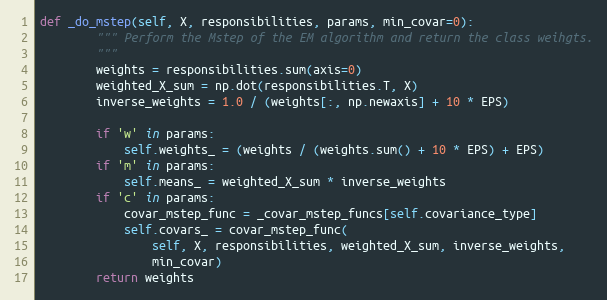
Language: Python
def _do_mstep(self, X, responsibilities, params, min_covar=0):
        """ Perform the Mstep of the EM algorithm and return the class weihgts.
        """
        weights = responsibilities.sum(axis=0)
        weighted_X_sum = np.dot(responsibilities.T, X)
        inverse_weights = 1.0 / (weights[:, np.newaxis] + 10 * EPS)

        if 'w' in params:
            self.weights_ = (weights / (weights.sum() + 10 * EPS) + EPS)
        if 'm' in params:
            self.means_ = weighted_X_sum * inverse_weights
        if 'c' in params:
            covar_mstep_func = _covar_mstep_funcs[self.covariance_type]
            self.covars_ = covar_mstep_func(
                self, X, responsibilities, weighted_X_sum, inverse_weights,
                min_covar)
        return weights